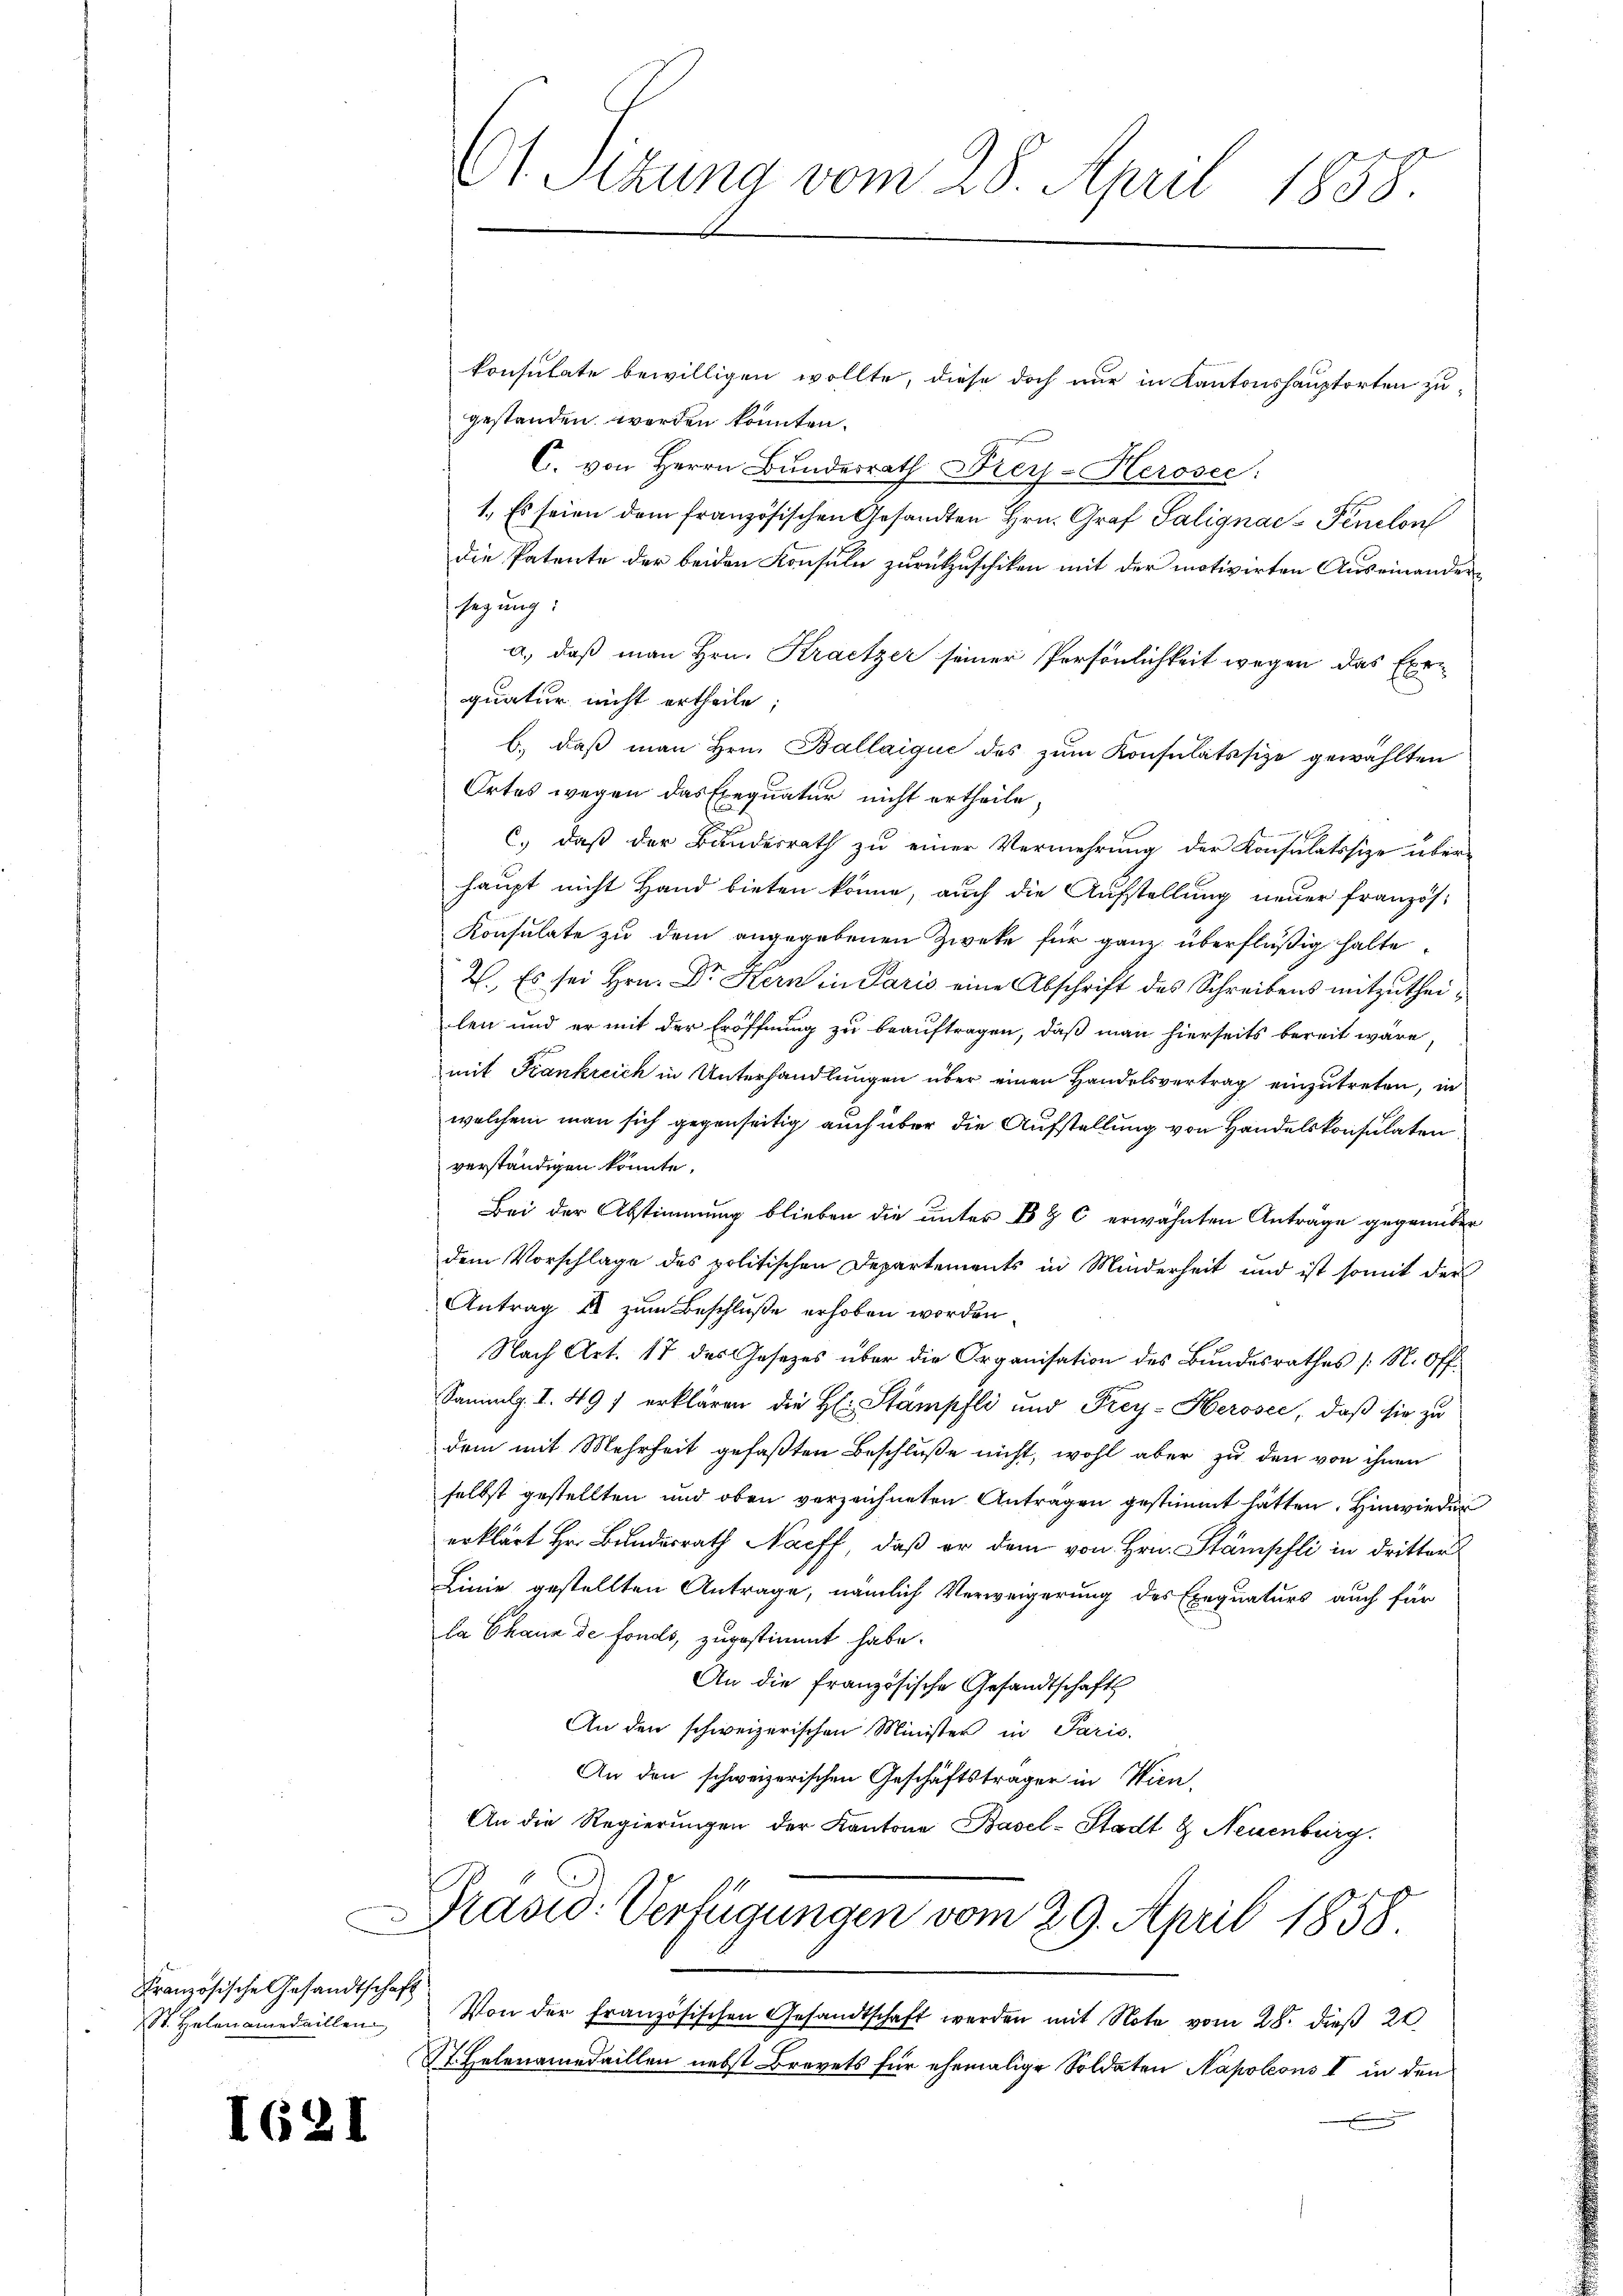
C
Französische Gesandtschaft
St. Helen amedaillen

16.

konsulate bewilligen wollte, diese doch nur in Kantonshauptorten zugestanden werden könnten.
C. von Herrn Bundesrath Drey-Herosee:
1., Es seien dem französischen Gesandten Hrn. Graf Salignac-Penclon
die Patente der beiden Konsuln zurückzuschiken mit der motivirten Auseinandersagung:
a.) daß man Hrn. Kratzer seiner Persönlichkeit wegen das Exequatur nicht ertheile;
b.) daß man Hrn. Ballaique des zŭm Konsulatssize gewählten
Ortes wegen das Exequatur nicht ertheile,
c.) daß der Bundesrath zu einer Vermehrung der Konsulatssize über-
haupt nicht Hand bieten könne, auch die Aufstellung neuer französ¬
Konsulate zu dem angegebenen Zweke für ganz überflüßig halte
2. Es sei Hrn. Dr Hern in Paris eine Abschrift des Schreibens mitzutheilen und er mit der Eröffnung zu beauftragen, daß man hierseits bereit wäre,
mit Frankreich in Unterhandlungen über einen Handelsvertrag einzutreten, in
welchem man sich gegenseitig auch über die Aufstellung von Handelskonsulaten
verständigen könnte.
Bei der Abstimmung blieben die unter B & C erwähnten Anträge gegenüber
dem Vorschlage des politischen Departements in Minderheit und ist somit der
Antrag es zum Beschluße erhoben worden
Nach Art. 17 des Gesezes über die Organisation des Bundesrathes (N. Off
Sammlg. I. 497 erklären die H: Stämpfli und Frey-Herosec, daß sie zu
dem mit Mehrheit gefaßten Beschluße nicht, wohl aber zu den von ihnen
selbst gestellten und oben verzeichneten Antragen gestimmt hätten. Hinwieder
erklärt Hr. Bundesrath Naeff, daß er dem von Hrn. Stämpfli in dritter
Linie gestellten Antrage, nämlich Verweigerung des Exequaturs auch für
la Chaux de fonds, zugestimmt habe.
An die französische Gesandtschafts
An den schweizerischen Minister in Paris.
An den schweizerischen Geschäftsträger in Wien,
An die Regierŭngen der Kantone Basel-Stadt & Neuenburg.

Et Sitzung vom 28. April 1858.

Präsid. Verfügungen vom 29. April 1858

Von der Französischen Gesandtschaft werden mit Note vom 28. dieß 22
St. Helenamedaillen nebst Brevets für ehemalige Soldaten Napoleons I in den